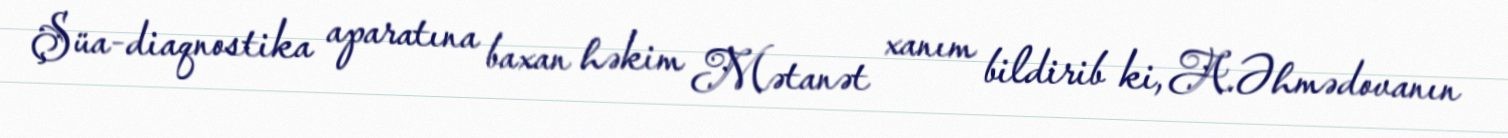
Şüa-diaqnostika aparatına baxan həkim Mətanət xanım bildirib ki, A.Əhmədovanın